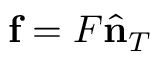
{ \bf f } = { \cal F } \hat { \bf n } _ { T }